Civil Veterinary Dept. Assam report 1927-50 - 1927-1950
Year: 1927
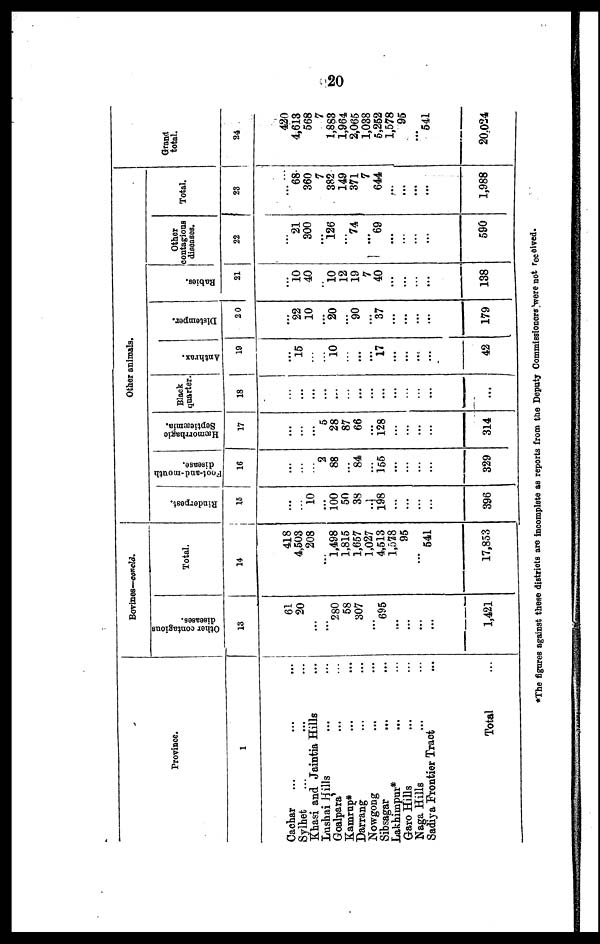
20
Province.
1
Cachar ... ... ...
Sylhet ... ... ...
Khasi and Jaintia Hills ...
Lashai Hills ... ...
Goalpara
Kamrup*
Darrang ... ...
Nowgong ... ...
Sibsagar ... ...
Lakhimpur* ... ...
Garo Hills ... ...
Naga Hills ... ...
Sadiya Frontier Tract ...
Total ...
Bovines—concld.
Other contagious
diseases.
13
61
20
...
...
280
58
307
... 695
...
...
...
...
1,421
Total.
14
418
4,503
208
...
1,498
1,815
1,657
1,027
4,513
1,578
95
...
541
17,853
Other animals.
Rinderpest.
15
...
... 10
...
100
50
38
... 198
...
...
...
...
396
Foot-and-mouth
disease.
16
...
...
...
2
88
...
84
... 155
...
...
...
...
329
Hæmorrhagic
Septicæmia.
17
...
...
...
5
28
87
66
... 128
...
...
...
...
314
Black
quarter.
18
...
...
...
... ...
...
...
...
...
...
...
...
...
...
Anthrax.
19
... 15
...
...
10
...
...
... 17
...
...
...
...
42
Distemper.
20
...
22
10
... 20
...
90
... 37
...
...
...
...
179
Babies.
21
...
10 40
...
10
12
19
7
40
...
...
...
...
138
Other
contagious
diseases.
22
...
21 300
...
126
...
74
... 69
...
...
...
...
590
Total.
23
...
68
360
7
382
149
371
7 644
...
...
...
...
1,988
Grand
total.
24
420
4,613 568
7
1,883 1,964
2,065 1,038
5,252 1,578
95
...
541
20,024
*The figures against those districts are incomplete as reports from the Deputy Commissioners were not received.